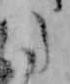
た